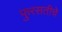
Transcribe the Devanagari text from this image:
फुरसतीचे